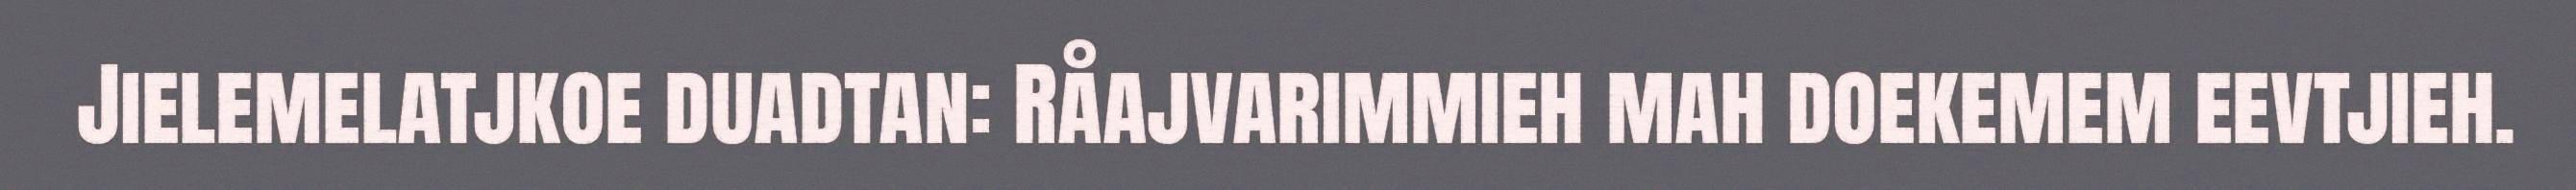
Jielemelatjkoe duadtan: Råajvarimmieh mah doekemem eevtjieh.